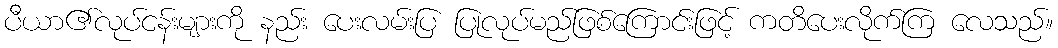
ပီယာ၏လုပ်ငန်းများကို နည်း ပေးလမ်းပြ ပြုလုပ်မည်ဖြစ်ကြောင်းဖြင့် ကတိပေးလိုက်ကြ လေသည်။